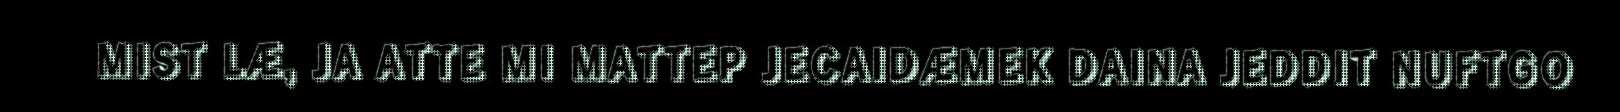
MIST LÆ, JA ATTE MI MATTEP JECAIDÆMEK DAINA JEDDIT NUFTGO